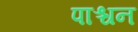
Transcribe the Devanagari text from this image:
पाश्चन